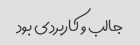
جالب و کاربردی بود